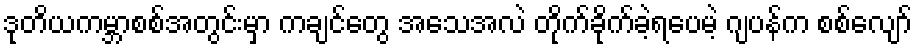
ဒုတိယကမ္ဘာစစ်အတွင်းမှာ ကချင်တွေ အသေအလဲ တိုက်ခိုက်ခဲ့ရပေမဲ့ ဂျပန်က စစ်လျော်